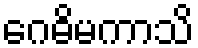
ဂေဓိမကာသိ